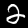
Digit: 2